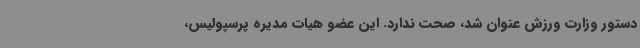
دستور وزارت ورزش عنوان شد، صحت ندارد. این عضو هیات مدیره پرسپولیس،